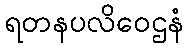
ရတနပလိဝေဌနံ